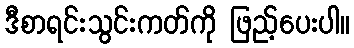
ဒီစာရင်းသွင်းကတ်ကို ဖြည့်ပေးပါ။